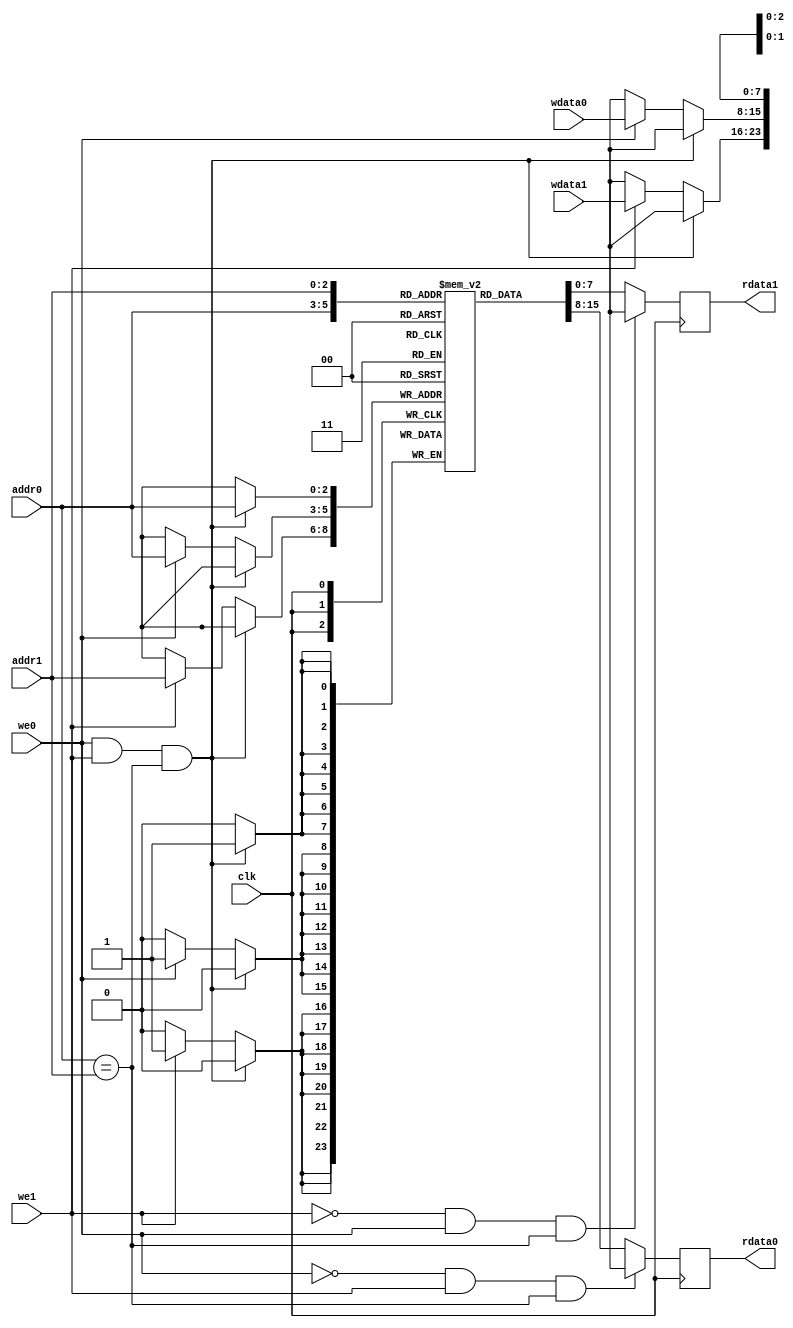
module dual_port_memory(clk, we0, we1, addr0, addr1, wdata0, wdata1, rdata0, rdata1);

   parameter DATA_DEPTH = 3;
   parameter DATA_WIDTH = 8;

   input clk;
   input we0, we1;
   input [DATA_DEPTH-1:0] addr0, addr1;
   input [DATA_WIDTH-1:0] wdata0, wdata1;
   output reg [DATA_WIDTH-1:0] rdata0, rdata1;

   reg [DATA_WIDTH-1:0] memory [0:(1<<DATA_DEPTH)-1];

   // Write data
   always @(posedge clk) begin
      if ((we0) & (we1) & (addr0 == addr1)) begin
	 memory[addr0] <= {DATA_WIDTH{1'bx}};
      end
      else begin
	 if (we0) 
	   memory[addr0] <= wdata0;

	 if (we1)
	   memory[addr1] <= wdata1;
      end 
   end

   // Read data port 0
   always @(posedge clk) begin
      if ((~we0 & we1) & (addr0 == addr1))
	rdata0 <= {DATA_WIDTH{1'bx}};
      else
	rdata0 <= memory[addr0];
   end

   // Read data port 1
   always @(posedge clk) begin
      if ((~we1 & we0) & (addr0 == addr1))
	rdata1 <= {DATA_WIDTH{1'bx}};
      else
	rdata1 <= memory[addr1];
   end

   /*
   initial begin
      for (int i=0; i<(1<<DATA_DEPTH); i++)
	memory[i] = 0;
   end
   */
endmodule